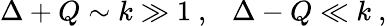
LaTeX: \Delta+Q\sim k\gg 1~,~~~\Delta-Q\ll k~,